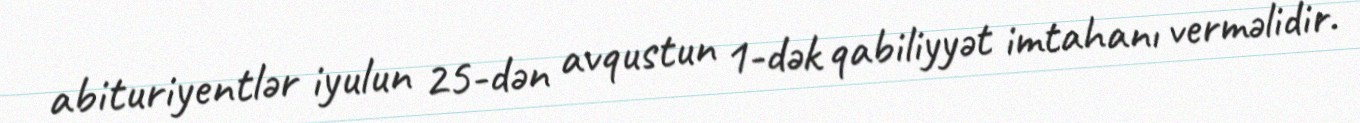
abituriyentlər iyulun 25-dən avqustun 1-dək qabiliyyət imtahanı verməlidir.